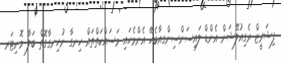
ފިޝަރީޒް ރެގިއުލޭޝަން އެންޑް ލައިސަންސިންގއާބެހޭ އެންމެހައި މަސައްކަތްތައް ހިނގާ ނުހިނގާގޮތް ބަލާ މޮނިޓަރ